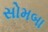
સોમબા